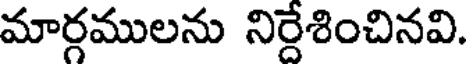
మార్గములను నిర్దేశించినవి.